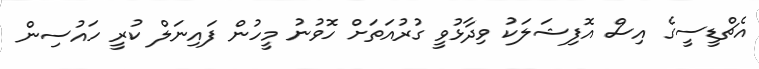
އެޗްޑީސީގެ އިސް އޮފިޝަލަކު ވިދާޅުވީ ގުރުއަތަށް ހޮވުނު މީހުން ފައިނަލް ކުރީ ހައުސިން